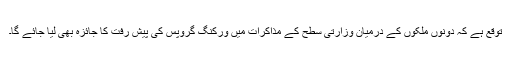
توقع ہے کہ دونوں ملکوں کے درمیان وزارتی سطح کے مذاکرات میں ورکنگ گروپس کی پیش رفت کا جائزہ بھی لیا جائے گا۔